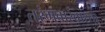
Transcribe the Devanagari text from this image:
तरंगवारंवारता